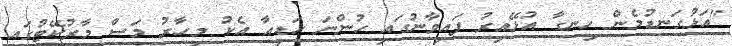
"އަޅުގަނޑުމެން ހިނގާ އުޅޭއިރު ފައިވާނުގައި ހުންނަ ހަޑިއާ އެކު މިހާރު މަސް މާރުކޭޓުގައި